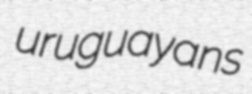
uruguayans